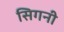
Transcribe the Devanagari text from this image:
सिगनी